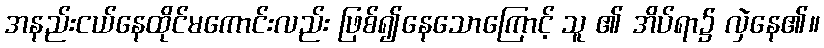
အနည်းငယ်နေထိုင်မကောင်းလည်း ဖြစ်၍နေသောကြောင့် သူ ၏ အိပ်ရာ၌ လှဲနေ၏။